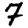
Digit: 7